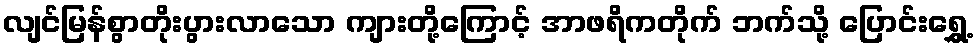
လျင်မြန်စွာတိုးပွားလာသော ကျားတို့ကြောင့် အာဖရိကတိုက် ဘက်သို့ ပြောင်းရွှေ့